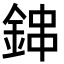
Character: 鋛